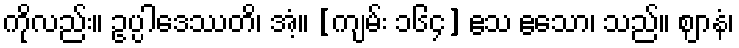
ကိုလည်း။ ဥပ္ပါဒေဿတိ၊ အံ့။ [ကျမ်း ၁၆၄] ဧသ ဧသော၊ သည်။ ဈာနံ၊